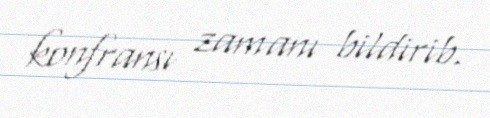
konfransı zamanı bildirib.